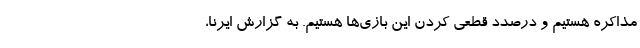
مذاکره هستیم و درصدد قطعی کردن این بازی‌ها هستیم. به گزارش ایرنا،